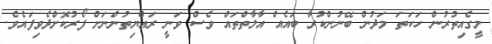
މީގެއިތުރުން ހަކަތަ މަދުން ބޭނުންކުރާ ބައެއް އާލާތްތައް ވެސް ވަނީ ރައްޔިތުންނަށް ފޯރުކޮށްދެވިފައެވެ.